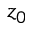
z _ { 0 }